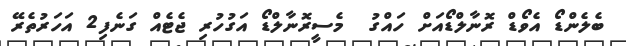
ބެލެންޑޯ އެވޯޑް ރޮނާލްޑޯއަށް ހައްގު  މެސީރޮނާލްޑޯ އަގުހުރި ޖެޓެއް ގަނެފި2 އަހަރުތެރޭ